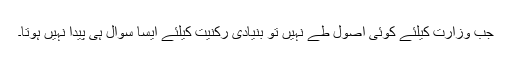
جب وزارت کیلئے کوئی اصول طے نہیں تو بنیادی رکنیت کیلئے ایسا سوال ہی پیدا نہیں ہوتا۔